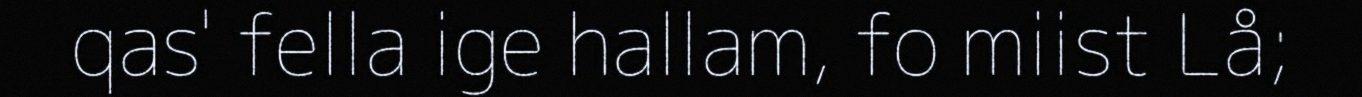
qas' fella ige hallam, fo miist Lå;